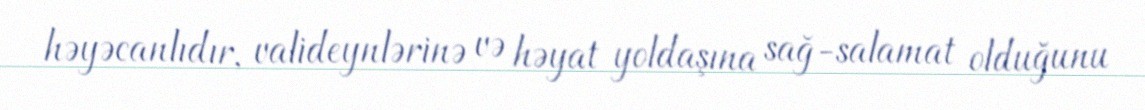
həyəcanlıdır, valideynlərinə və həyat yoldaşına sağ-salamat olduğunu